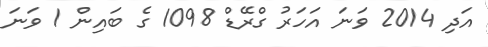
އަދި 2014 ވަނަ އަހަރު ގްރޭޑް 1098 ގެ ބައިން 1 ވަނަ